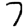
Digit: 7